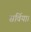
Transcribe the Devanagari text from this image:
सर्विया।